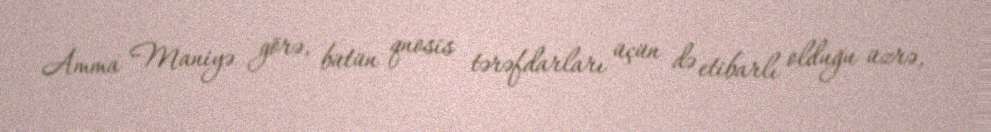
Amma Maniyə görə, bütün qnosis tərəfdarları üçün də etibarlı olduğu üzrə,